Report of the Hyderabad Chloroform Commission
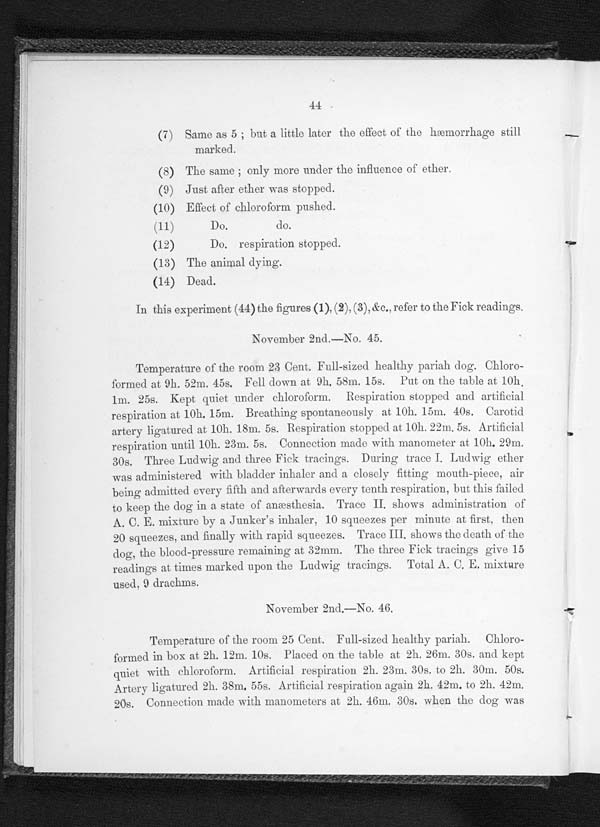
44
(7) Same as 5 ; but a little later the effect of the hæmorrhage still
marked.
(8) The same ; only more under the influence of ether.
(9) Just after ether was stopped
.
(10) Effect of chloroform pushed.
(11) Do.
do.
(12) Do. respiration stopped.
(13)The animal dying.
(14) Dead.
In this experiment (44) the figures (1), (2), (3), &c., refer to the Fick readings.
November 2nd.—No. 45.
Temperature of the room 23 Cent. Full-sized healthy pariah dog. Chloro-
formed at 9h. 52m. 45s. Fell down at. Oh. 58m. 15s. Put on the table at 10h.
1m. 25s. Kept, quiet, under chloroform. Respiration stopped and artificial
respiration at. 10h. 15m. Breathing spontaneously at. 10h. 15m. 40s. Carotid
artery ligatured at. 10h. 18m. 5s. Respiration stopped at 10h. 22m. 5s. Artificial
respiration until 10h. 23m. 5s. Connection made with manometer at. 10h. 29m.
30s. Three Ludwig and three Fick tracings. During trace I. Ludwig ether
was administered with bladder inhaler and a closely fitting mouth-piece, air
being admitted every fifth and afterwards every tenth respiration, but this failed
to keep the dog in a state of anæsthesia. Trace II. shows administration of
A. C. E. mixture by a Junkers inhaler, 10 squeezes per minute at first, then
20 squeezes, and finally with rapid squeezes. Trace III. shows the death of the
dog, the blood-pressure remaining at 32mm. The three Fick tracings give 15
readings at times marked upon the Ludwig tracings. Total A. C, E. mixture
used, 9 drachms.
November 2nd.—No. 46.
Temperature of the room 25 Cent. Full-sized healthy pariah. Chloro-
formed in box at 2h. 12m. 10s. Placed on the table at 2h. 26m. 30s. and. kept
quiet with chloroform. Artificial respiration 2h. 23m. 30s. to 2h. 30m. 50s.
Arter y ligatured 2h. 38m. 55s. Artificial. respiration again 2h. 42m. to 2h. 42m.
20s. Connection made with manometers at 2h. 46m. 30s, when the dog was